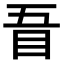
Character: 𥄪